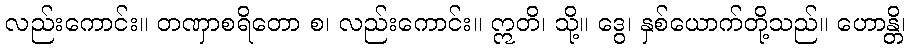
လည်းကောင်း။ တဏှာစရိတော စ၊ လည်းကောင်း။ ဣတိ၊ သို့။ ဒွေ၊ နှစ်ယောက်တို့သည်။ ဟောန္တိ၊